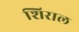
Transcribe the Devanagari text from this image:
शिराल